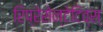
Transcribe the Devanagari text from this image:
रिप्रेसेन्टेटिव्स्